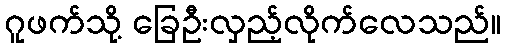
ဂူဖက်သို့ ခြေဦးလှည့်လိုက်လေသည်။